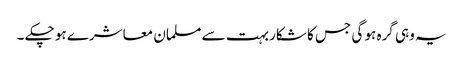
یہ وہی گرہ ہو گی جس کا شکار بہت سے مسلمان معاشرے ہو چکے ۔